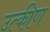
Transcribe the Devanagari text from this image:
उत्कीण